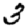
Digit: 3